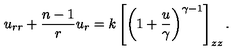
u _ { r r } + { \frac { n - 1 } { r } } u _ { r } = k \left[ \left( 1 + { \frac { u } { \gamma } } \right) ^ { \gamma - 1 } \right] _ { z z } .